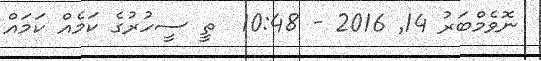
ނޮވެމްބަރު 14